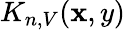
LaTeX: K_{n,V}(\mathbf{x},y)